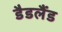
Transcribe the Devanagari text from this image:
डैडलैंड